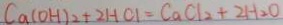
C a ( O H ) _ { 2 } + 2 H C l = C a C l _ { 2 } + 2 H _ { 2 } O